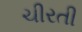
ચીરતી